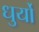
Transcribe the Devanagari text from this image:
धुर्यो